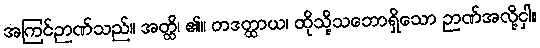
အကြင်ဉာဏ်သည်။ အတ္ထိ၊ ၏။ တဒတ္ထာယ၊ ထိုသို့သဘောရှိသော ဉာဏ်အလို့ငှါ။